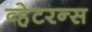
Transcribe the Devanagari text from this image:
व्हेटरन्स